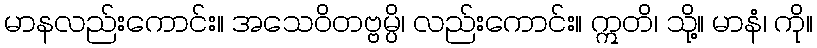
မာနလည်းကောင်း။ အသေဝိတဗ္ဗမ္ပိ၊ လည်းကောင်း။ ဣတိ၊ သို့။ မာနံ၊ ကို။